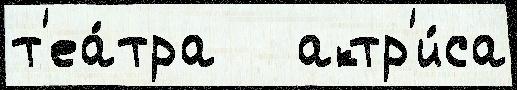
т'еа́тра   актр'и́са